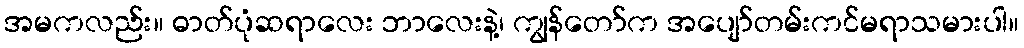
အမကလည်း။ ဓာတ်ပုံဆရာလေး ဘာလေးနဲ့၊ ကျွန်တော်က အပျော်တမ်းကင်မရာသမားပါ။